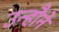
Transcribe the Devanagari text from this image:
उन्हौनें